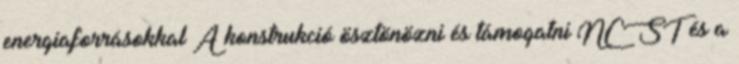
energiaforrásokkal A konstrukció ösztönözni és támogatni NCST és a